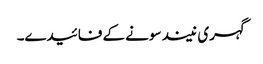
گہری نیند سونے کے فائیدے۔